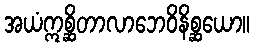
အယံဣစ္ဆိတာလာဘေဝိနိစ္ဆယော။